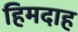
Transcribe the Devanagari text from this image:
हिमदाह